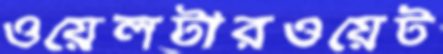
ওয়েলটারওয়েট